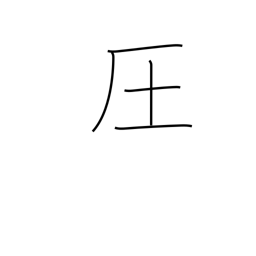
Meaning: dominate